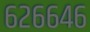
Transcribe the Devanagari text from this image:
६२६६४६